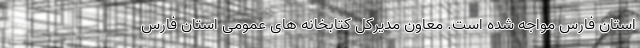
استان فارس مواجه شده است. معاون مدیرکل کتابخانه های عمومی استان فارس